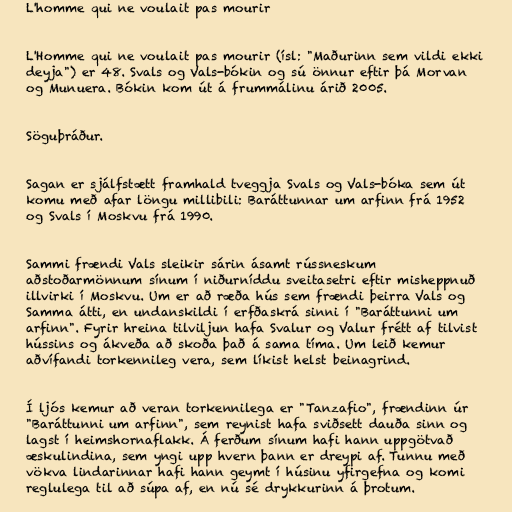
L'homme qui ne voulait pas mourir

L'Homme qui ne voulait pas mourir (ísl: "Maðurinn sem vildi ekki
deyja") er 48. Svals og Vals-bókin og sú önnur eftir þá Morvan
og Munuera. Bókin kom út á frummálinu árið 2005.

Söguþráður.

Sagan er sjálfstætt framhald tveggja Svals og Vals-bóka sem út
komu með afar löngu millibili: Baráttunnar um arfinn frá 1952
og Svals í Moskvu frá 1990.

Sammi frændi Vals sleikir sárin ásamt rússneskum
aðstoðarmönnum sínum í niðurníddu sveitasetri eftir misheppnuð
illvirki í Moskvu. Um er að ræða hús sem frændi þeirra Vals og
Samma átti, en undanskildi í erfðaskrá sinni í "Baráttunni um
arfinn". Fyrir hreina tilviljun hafa Svalur og Valur frétt af tilvist
hússins og ákveða að skoða það á sama tíma. Um leið kemur
aðvífandi torkennileg vera, sem líkist helst beinagrind.

Í ljós kemur að veran torkennilega er "Tanzafio", frændinn úr
"Baráttunni um arfinn", sem reynist hafa sviðsett dauða sinn og
lagst í heimshornaflakk. Á ferðum sínum hafi hann uppgötvað
æskulindina, sem yngi upp hvern þann er dreypi af. Tunnu með
vökva lindarinnar hafi hann geymt í húsinu yfirgefna og komi
reglulega til að súpa af, en nú sé drykkurinn á þrotum.